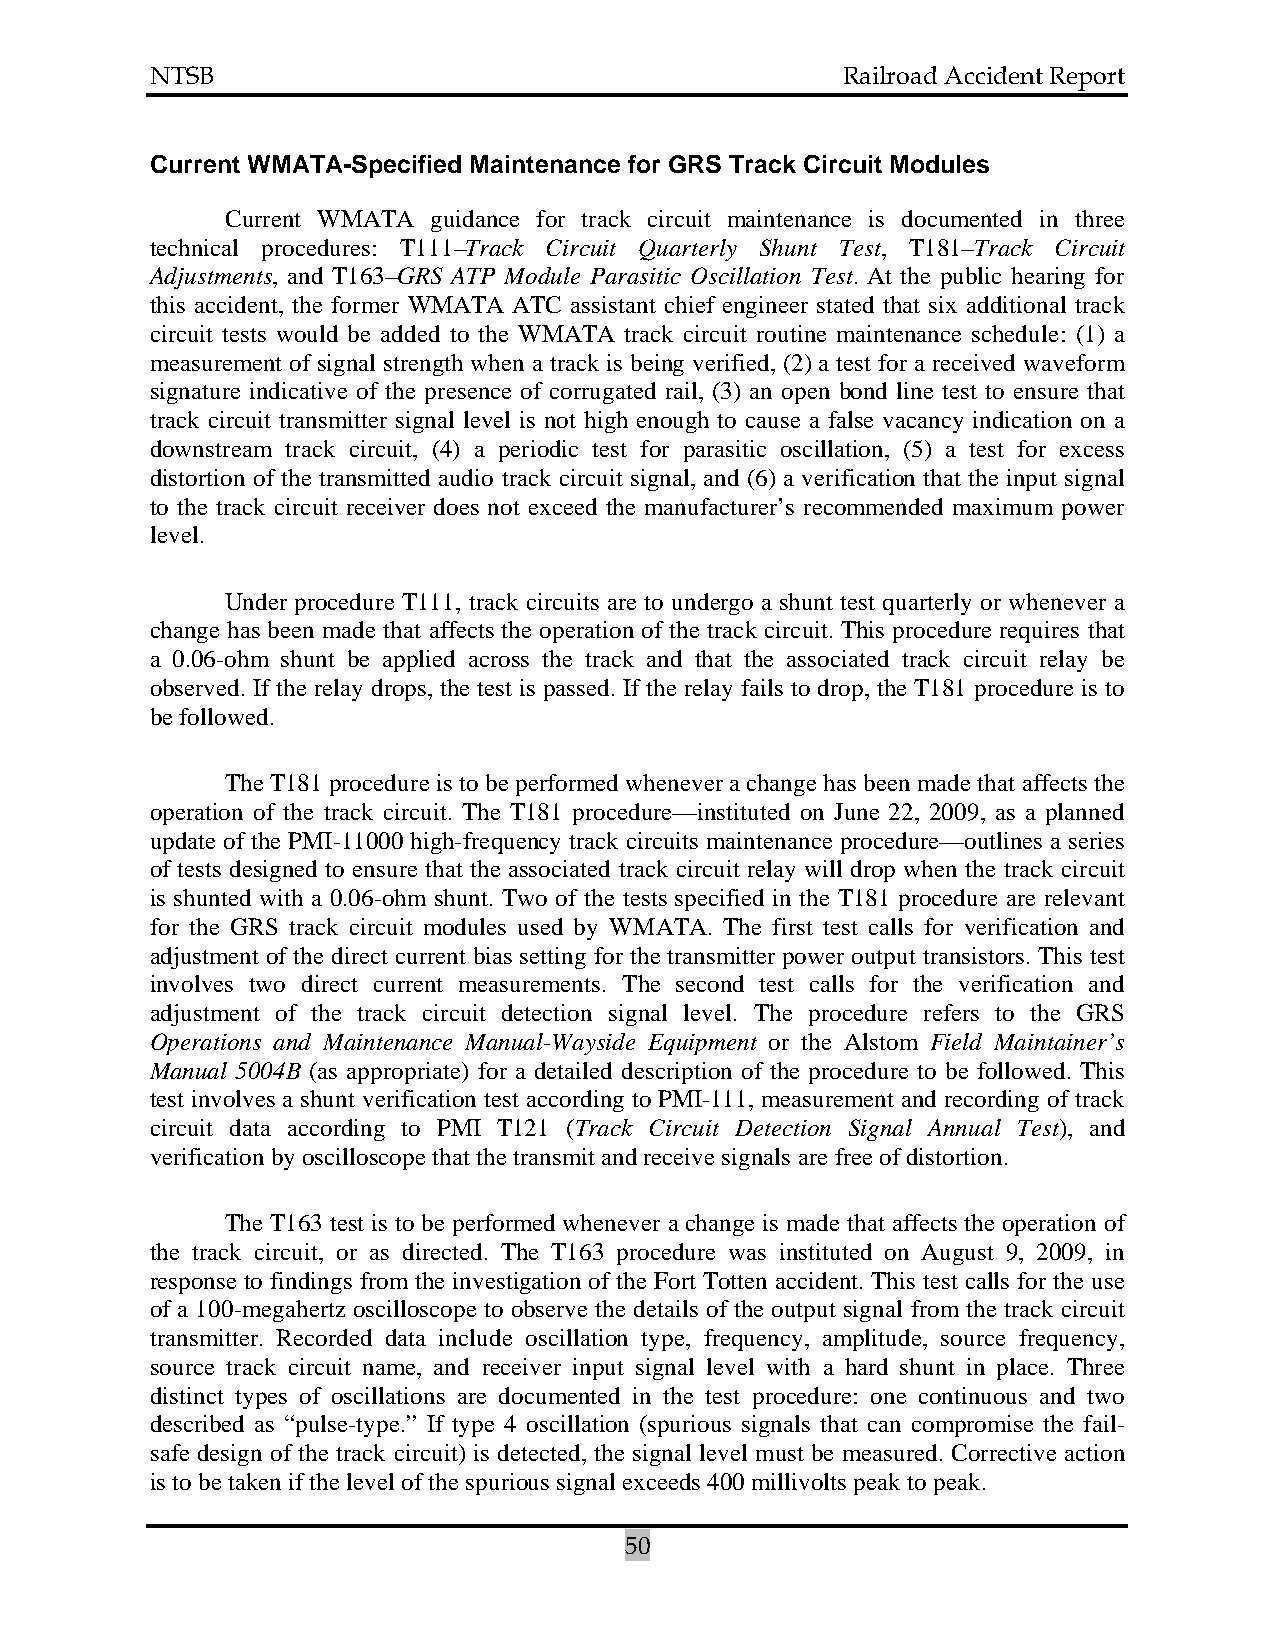
NTSB                                          Railroad Accident Report
 Current WMATA-Specified Maintenance for GRS Track Circuit Modules
 Current WMATA guidance for track circuit maintenance is documented in three
 technical procedures: T111–Track Circuit Quarterly Shunt Test, T181–Track Circuit
 Adjustments, and T163–GRS ATP Module Parasitic Oscillation Test. At the public hearing for
 this accident, the former WMATA ATC assistant chief engineer stated that six additional track
 circuit tests would be added to the WMATA track circuit routine maintenance schedule: (1) a
 measurement of signal strength when a track is being verified, (2) a test for a received waveform
 signature indicative of the presence of corrugated rail, (3) an open bond line test to ensure that
 track circuit transmitter signal level is not high enough to cause a false vacancy indication on a
 downstream track circuit, (4) a periodic test for parasitic oscillation, (5) a test for excess
 distortion of the transmitted audio track circuit signal, and (6) a verification that the input signal
 to the track circuit receiver does not exceed the manufacturer’s recommended maximum power
 level.
 Under procedure T111, track circuits are to undergo a shunt test quarterly or whenever a
 change has been made that affects the operation of the track circuit. This procedure requires that
 a 0.06-ohm shunt be applied across the track and that the associated track circuit relay be
 observed. If the relay drops, the test is passed. If the relay fails to drop, the T181 procedure is to
 be followed.
 The T181 procedure is to be performed whenever a change has been made that affects the
 operation of the track circuit. The T181 procedure—instituted on June 22, 2009, as a planned
 update of the PMI-11000 high-frequency track circuits maintenance procedure—outlines a series
 of tests designed to ensure that the associated track circuit relay will drop when the track circuit
 is shunted with a 0.06-ohm shunt. Two of the tests specified in the T181 procedure are relevant
 for the GRS track circuit modules used by WMATA. The first test calls for verification and
 adjustment of the direct current bias setting for the transmitter power output transistors. This test
 involves two direct current measurements. The second test calls for the verification and
 adjustment of the track circuit detection signal level. The procedure refers to the GRS
 Operations and Maintenance Manual-Wayside Equipment or the Alstom Field Maintainer’s
 Manual 5004B (as appropriate) for a detailed description of the procedure to be followed. This
 test involves a shunt verification test according to PMI-111, measurement and recording of track
 circuit data according to PMI T121 (Track Circuit Detection Signal Annual Test), and
 verification by oscilloscope that the transmit and receive signals are free of distortion.
 The T163 test is to be performed whenever a change is made that affects the operation of
 the track circuit, or as directed. The T163 procedure was instituted on August 9, 2009, in
 response to findings from the investigation of the Fort Totten accident. This test calls for the use
 of a 100-megahertz oscilloscope to observe the details of the output signal from the track circuit
 transmitter. Recorded data include oscillation type, frequency, amplitude, source frequency,
 source track circuit name, and receiver input signal level with a hard shunt in place. Three
 distinct types of oscillations are documented in the test procedure: one continuous and two
 described as “pulse-type.” If type 4 oscillation (spurious signals that can compromise the fail-
 safe design of the track circuit) is detected, the signal level must be measured. Corrective action
 is to be taken if the level of the spurious signal exceeds 400 millivolts peak to peak.
 50